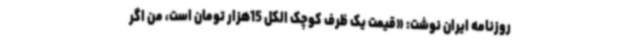
روزنامه ایران نوشت: «قیمت یک ظرف کوچک الکل 15هزار تومان است، من اگر